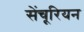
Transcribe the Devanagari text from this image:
सेंचूरियन